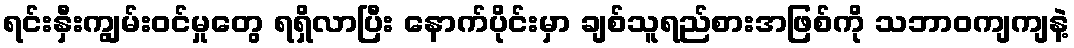
ရင်းနှီးကျွမ်းဝင်မှုတွေ ရရှိလာပြီး နောက်ပိုင်းမှာ ချစ်သူရည်စားအဖြစ်ကို သဘာဝကျကျနဲ့